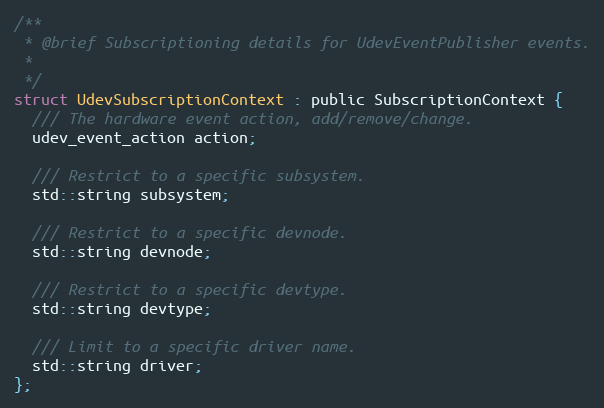
Language: C
/**
 * @brief Subscriptioning details for UdevEventPublisher events.
 *
 */
struct UdevSubscriptionContext : public SubscriptionContext {
  /// The hardware event action, add/remove/change.
  udev_event_action action;

  /// Restrict to a specific subsystem.
  std::string subsystem;

  /// Restrict to a specific devnode.
  std::string devnode;

  /// Restrict to a specific devtype.
  std::string devtype;

  /// Limit to a specific driver name.
  std::string driver;
};